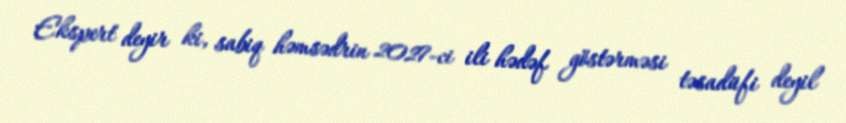
Ekspert deyir ki, sabiq həmsədrin 2027-ci ili hədəf göstərməsi təsadüfi deyil